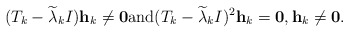
\begin{align*}(T_k-\widetilde{\lambda}_kI){\bf h}_k\neq{\bf 0}{\rm and}(T_k-\widetilde{\lambda}_kI)^2{\bf h}_k={\bf 0},{\bf h}_k\neq{\bf 0}.\end{align*}